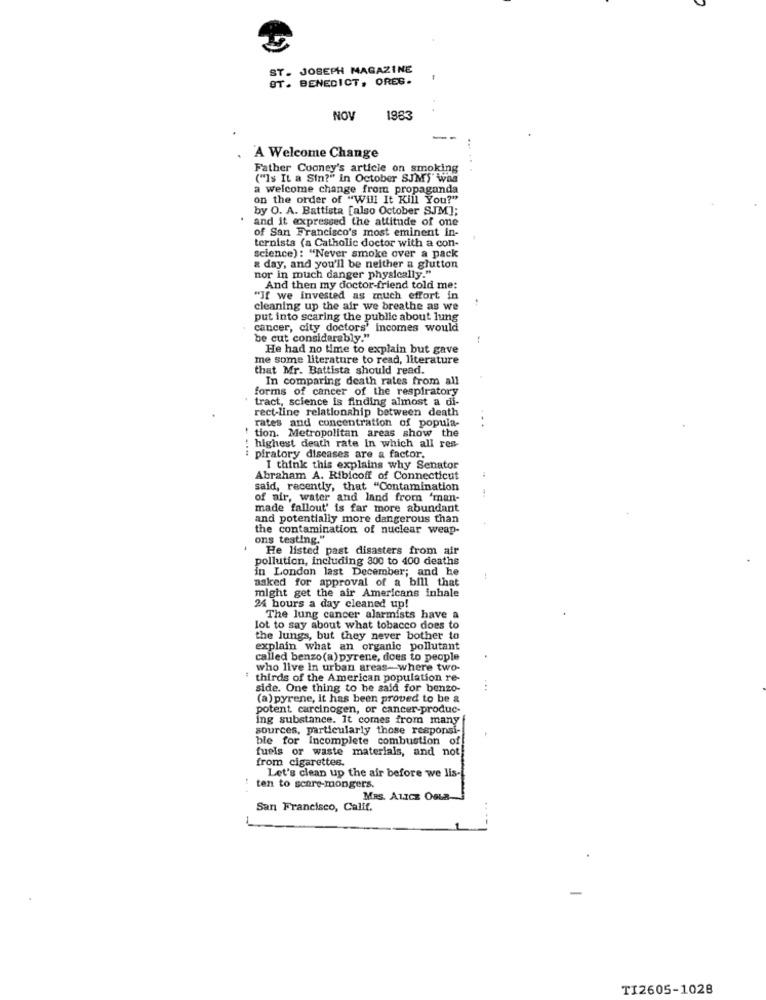
ST. JOSEPH MAGAZINE
ST. BENEDICT, ORES.
NOV
1983
A Welcome Change
Father Cooney's article on smoking
("Is It a Sin?" in October SJM)" was
a welcome change from propaganda
on the order of "Will It Kill You?"
by O. A. Battista [also October SJM];
and it expressed the attitude of one
of San Francisco's most eminent in-
ternista (a Catholic doctor with a con-
science) : "Never smoke over a pack
a day, and you'll be neither a glutton
nor in much danger physically."
And then my doctor-friend told me:
"If we invested as much effort in
cleaning up the air we breathe as we
put into scaring the public about lung
cancer, city doctors' incomes would
be cut considerably."
He had no time to explain but gave
me some literature to read, literature
that Mr. Battista should read.
In comparing death rates from all
forms of cancer of the respiratory
tract, science is finding almost a di-
rect-line relationship between death
rates and concentration of popula-
tion. Metropolitan areas show the
highest death rate In which all res-
piratory diseases are a factor.
I think this explains why Senator
Abraham A. Ribicoff of Connecticut
said, recently, that "Contamination
of air, water and land from 'man-
made fallout' is far more abundant
and potentially more dangerous than
the contamination of nuclear weap-
ons testing."
He listed past disasters from air
pollution, including 300 to 400 deaths
in London last December; and he
asked for approval of a bill that
might get the air Americans inhale
24 hours a day cleaned up!
The lung cancer alarmists have a
lot to say about what tobacco does to
the lungs, but they never bother to
explain what an organic pollutant
called benzo(a) pyrene, does to people
who live In urban areas- where two-
thirds of the American population re-
side. One thing to he said for benzo-
. ..
(a) pyrene, It has been proved to be a
potent carcinogen, or cancer-produc-
ing substance. It comes from many
sources, particularly those responsi-
ble for Incomplete combustion of
fuels or waste materials, and not!
from cigarettes.
Let's clean up the air before we lis-
ten to score-mongers.
MRS. ALICE OGLR-
San Francisco, Calif.
TI2605-1028